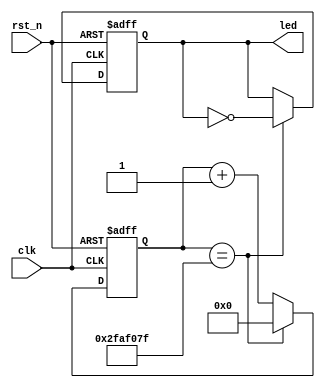
module cnt_led(
    input	wire	clk,
    input	wire	rst_n,
    output	reg[3:0]	led
  );
  reg[25:0]	cnt_1s;
  always@(posedge	clk	or	negedge	rst_n)

    if(rst_n==0)
      cnt_1s<=26'd0;
    else	if(cnt_1s==26'd49_999_999)
      cnt_1s<=26'd0;
  else
    cnt_1s<=cnt_1s+1'b1;

  always@(posedge clk or negedge rst_n)
    if(rst_n == 0)

      led <= 4'b0000;
    else    if(cnt_1s==26'd49_999_999)
      led <= ~led;
    else
      led<=led;
endmodule